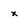
Character: x